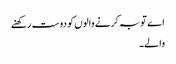
اے توبہ کرنے والوں کو دوست رکھنے
والے۔